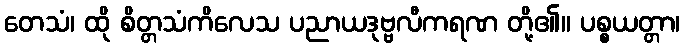
တေသံ၊ ထို စိတ္တသံကိလေသ ပညာယဒုဗ္ဗလီကရဏ တို့၏။ ပစ္စယတ္တာ၊